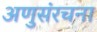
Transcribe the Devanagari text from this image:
अणुसंरचना